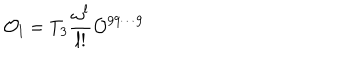
{ \cal O } _ { l } = T _ { 3 } { \frac { \omega ^ { l } } { l ! } } { \cal O } ^ { 9 9 \cdots 9 }